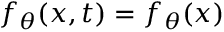
f _ { \theta } ( x , t ) = f _ { \theta } ( x )